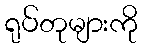
ရုပ်တုများကို